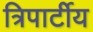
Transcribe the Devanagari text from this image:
त्रिपार्टीय